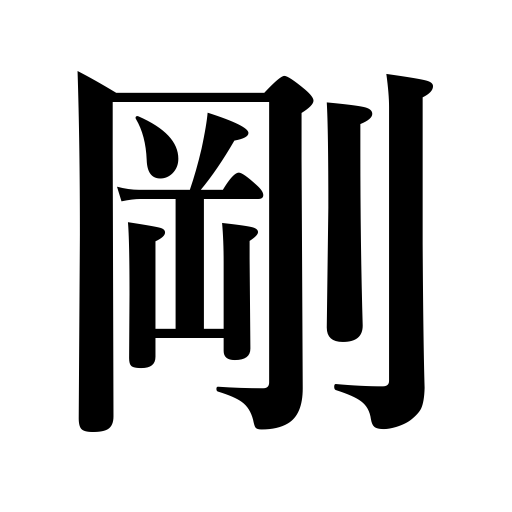
Meanings: strength